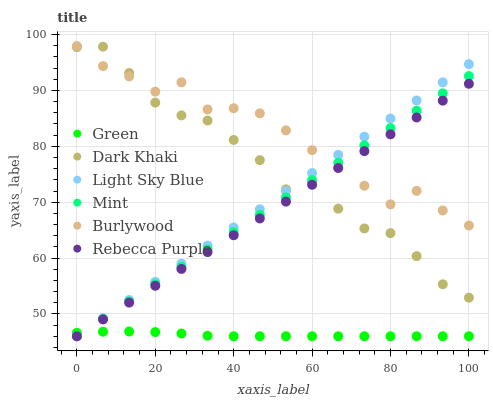
| xaxis_label | Green | Dark Khaki | Light Sky Blue | Mint | Burlywood | Rebecca Purple |
 | --- | --- | --- | --- | --- | --- | --- |
 | 0 | 46.6 | 97.8 | 46 | 46 | 98 | 46 |
 | 6.67 | 46.8 | 97.8 | 49.2 | 49.1 | 94.4 | 49 |
 | 13.3 | 46.9 | 93.1 | 52.5 | 52.2 | 92.5 | 52 |
 | 20 | 46.7 | 87.8 | 55.7 | 55.3 | 89.8 | 55 |
 | 26.7 | 46.5 | 85.5 | 59 | 58.4 | 91.5 | 58.1 |
 | 33.3 | 46.1 | 84.6 | 62.2 | 61.5 | 86.6 | 61.1 |
 | 40 | 46 | 81.1 | 65.5 | 64.6 | 86.8 | 64.1 |
 | 46.7 | 46 | 77.5 | 68.7 | 67.7 | 85.9 | 67.1 |
 | 53.3 | 46 | 72.3 | 72 | 70.8 | 82.9 | 70.1 |
 | 60 | 46 | 73.7 | 75.2 | 74 | 79.3 | 73.1 |
 | 66.7 | 46 | 68.8 | 78.5 | 77.1 | 76.2 | 76.1 |
 | 73.3 | 46 | 65.3 | 81.7 | 80.2 | 72.9 | 79.1 |
 | 80 | 46 | 64.5 | 85 | 83.3 | 69.6 | 82.2 |
 | 86.7 | 46 | 60.3 | 88.2 | 86.4 | 72 | 85.2 |
 | 93.3 | 46 | 55.3 | 91.5 | 89.5 | 68.5 | 88.2 |
 | 100 | 46 | 52.9 | 94.7 | 92.6 | 65.8 | 91.2 |